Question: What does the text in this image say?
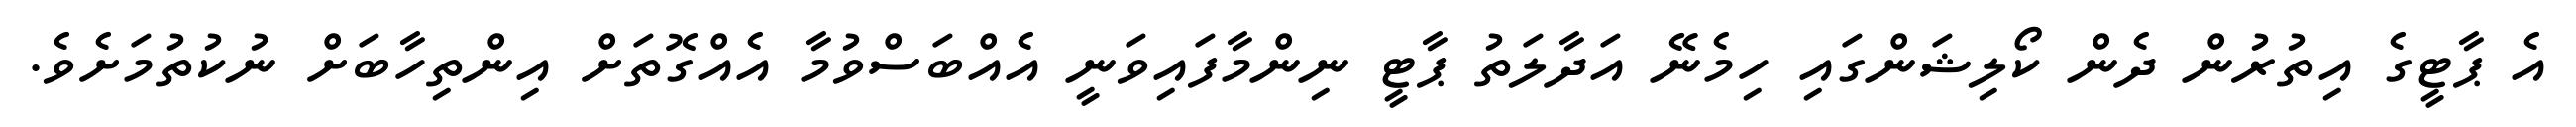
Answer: އެ ޕާޓީގެ އިތުރުން ދެން ކޯލިޝަންގައި ހިމެނޭ އަދާލަތު ޕާޓީ ނިންމާފައިވަނީ އެއްބަސްވުމާ އެއްގޮތަށް އިންތިހާބަށް ނުކުތުމަށެވެ.